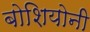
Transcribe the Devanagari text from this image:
बोशियोनी